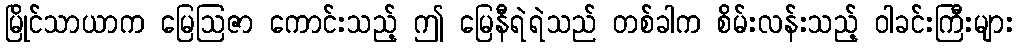
မြိုင်သာယာက မြေဩဇာ ကောင်းသည့် ဤ မြေနီရဲရဲသည် တစ်ခါက စိမ်းလန်းသည့် ဝါခင်းကြီးများ